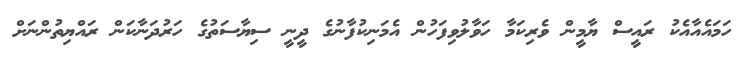
ހަމައެއާއެކު ރައީސް ޔާމީން ވެރިކަމާ ހަވާލުވިފަހުން އެމަނިކުފާނުގެ ދީނީ ސިޔާސަތުގެ ހަރުދަނާކަން ރައްޔިތުންނަށް